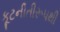
કૂટનીતીરૂપથી